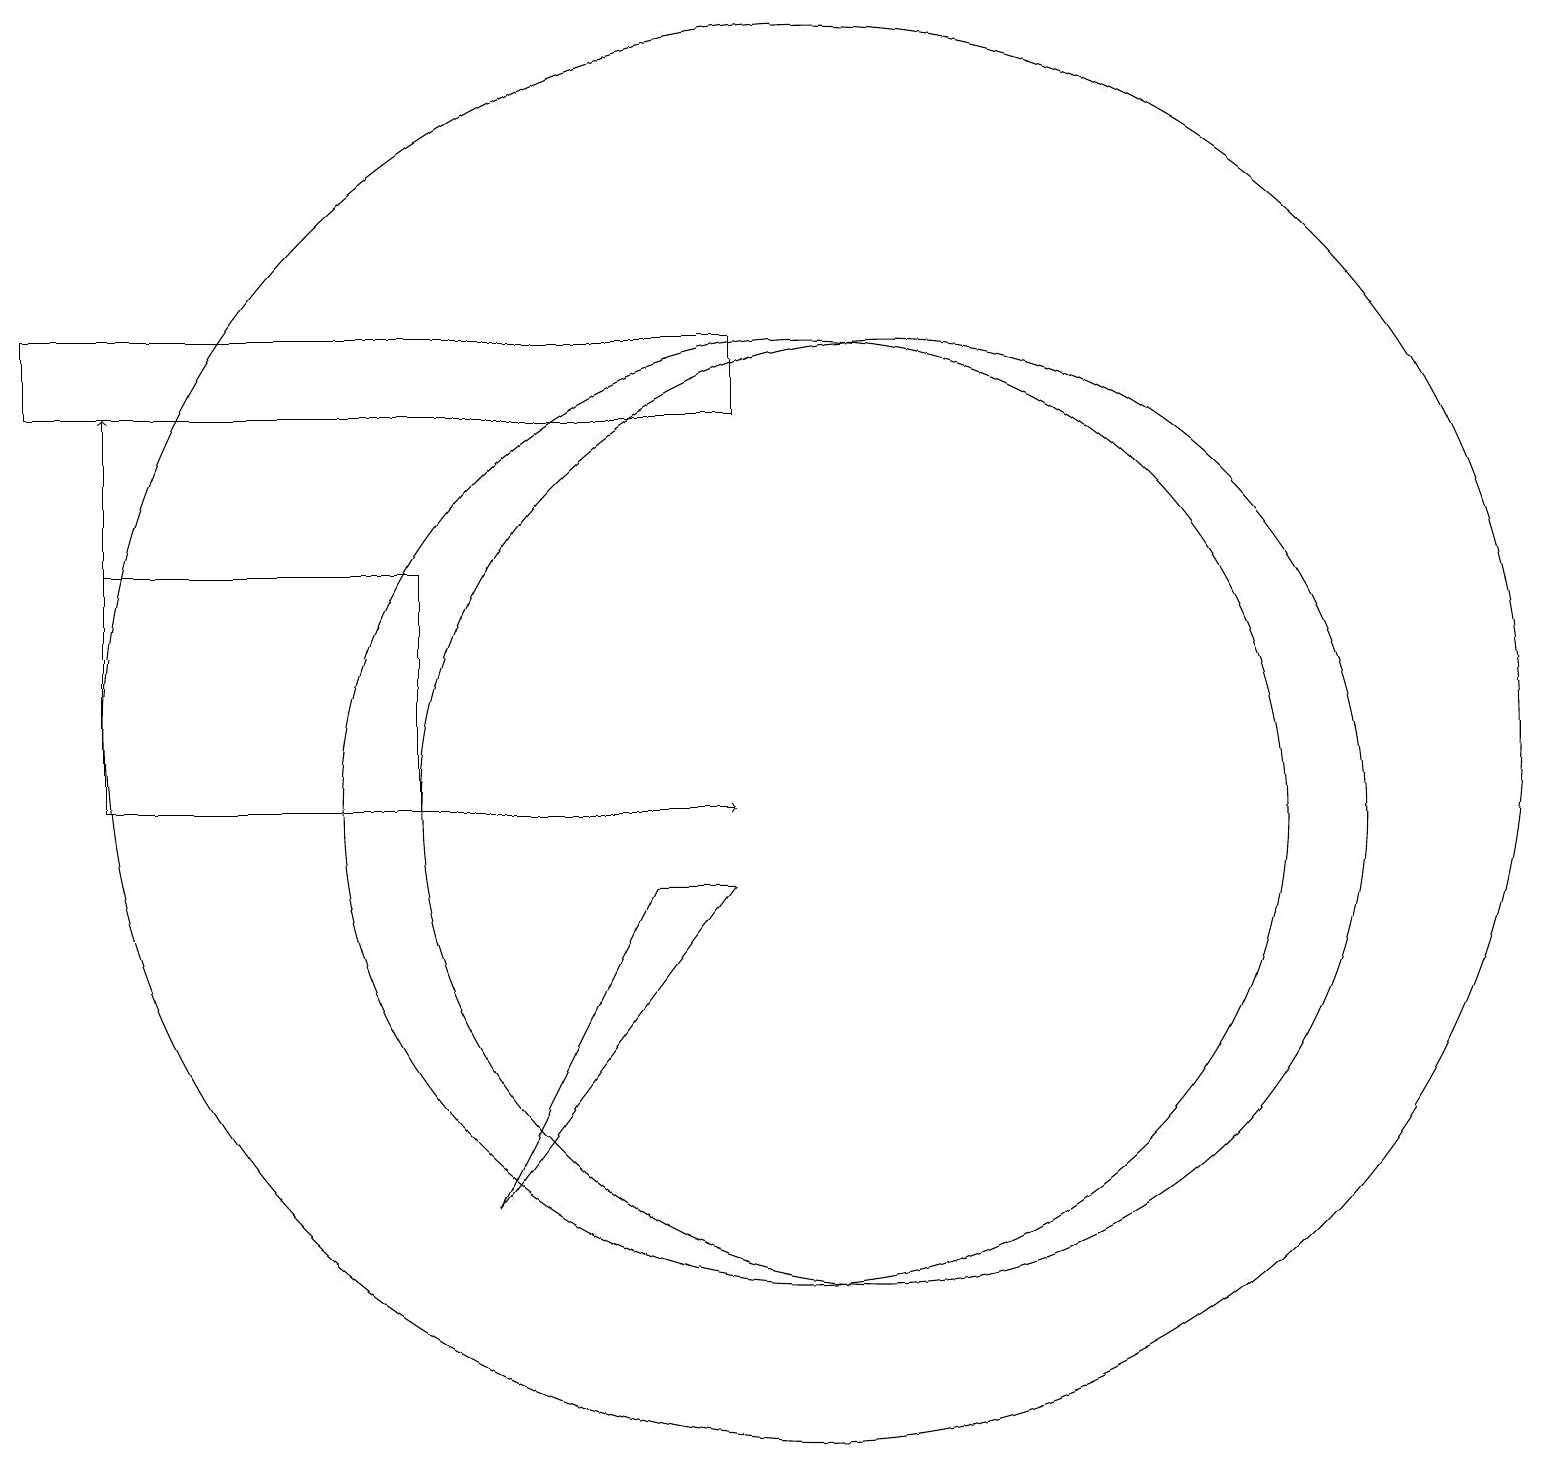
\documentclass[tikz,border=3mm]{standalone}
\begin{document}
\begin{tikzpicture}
\draw (10,11) circle (9);
\draw (5,10) rectangle (1,13);
\draw (9,15) rectangle (0,16);
\draw (10,10) circle (6);
\draw (11,10) circle (6);
\draw[->] (1,13) -- (1,15);
\draw[->] (1,10) -- (9,10);
\draw (6,5) -- (8,9) -- (9,9) -- cycle;
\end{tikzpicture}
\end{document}